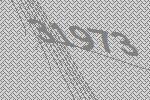
31973